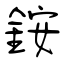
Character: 銨